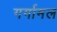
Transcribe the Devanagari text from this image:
गर्गामल